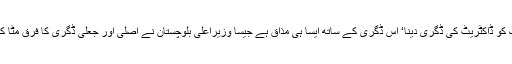
نادان ملک کو ڈاکٹریٹ کی ڈگری دینا‘ اس ڈگری کے ساتھ ایسا ہی مذاق ہے جیسا وزیراعلیٰ بلوچستان نے اصلی اور جعلی ڈگری کا فرق مٹا کر کیا تھا۔